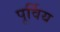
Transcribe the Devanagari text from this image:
पूर्विय